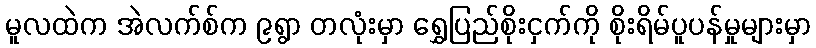
မူလထဲက အဲလက်စ်က ၉ရွာ တလုံးမှာ ရွှေပြည်စိုးငှက်ကို စိုးရိမ်ပူပန်မှုများမှာ